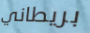
بريطاني